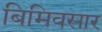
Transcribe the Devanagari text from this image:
बिमिवसार